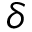
\delta